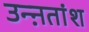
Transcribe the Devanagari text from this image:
उन्ऩतांश